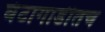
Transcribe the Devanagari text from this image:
घंटागाडीतच